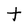
Character: t